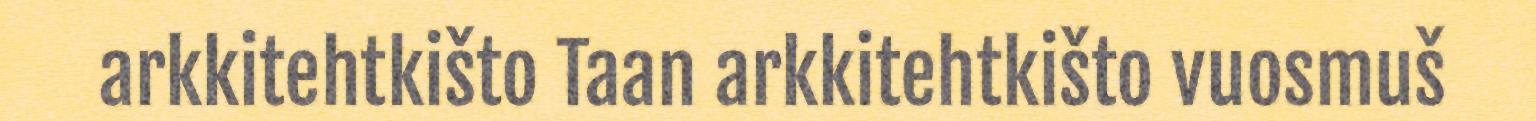
arkkitehtkišto Taan arkkitehtkišto vuosmuš